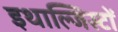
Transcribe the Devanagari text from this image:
इथाल्जिस्टों